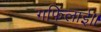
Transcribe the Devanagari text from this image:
गफिलाई॥